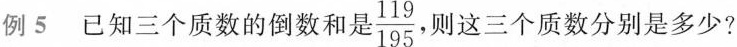
例5已知三个质数的倒数和是 \frac{119}{195} ，则这三个质数分别是多少?